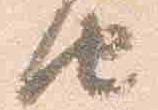
由